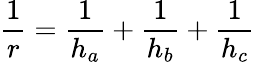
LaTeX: {\frac{1}{r}}={\frac{1}{h_{a}}}+{\frac{1}{h_{b}}}+{\frac{1}{h_{c}}}